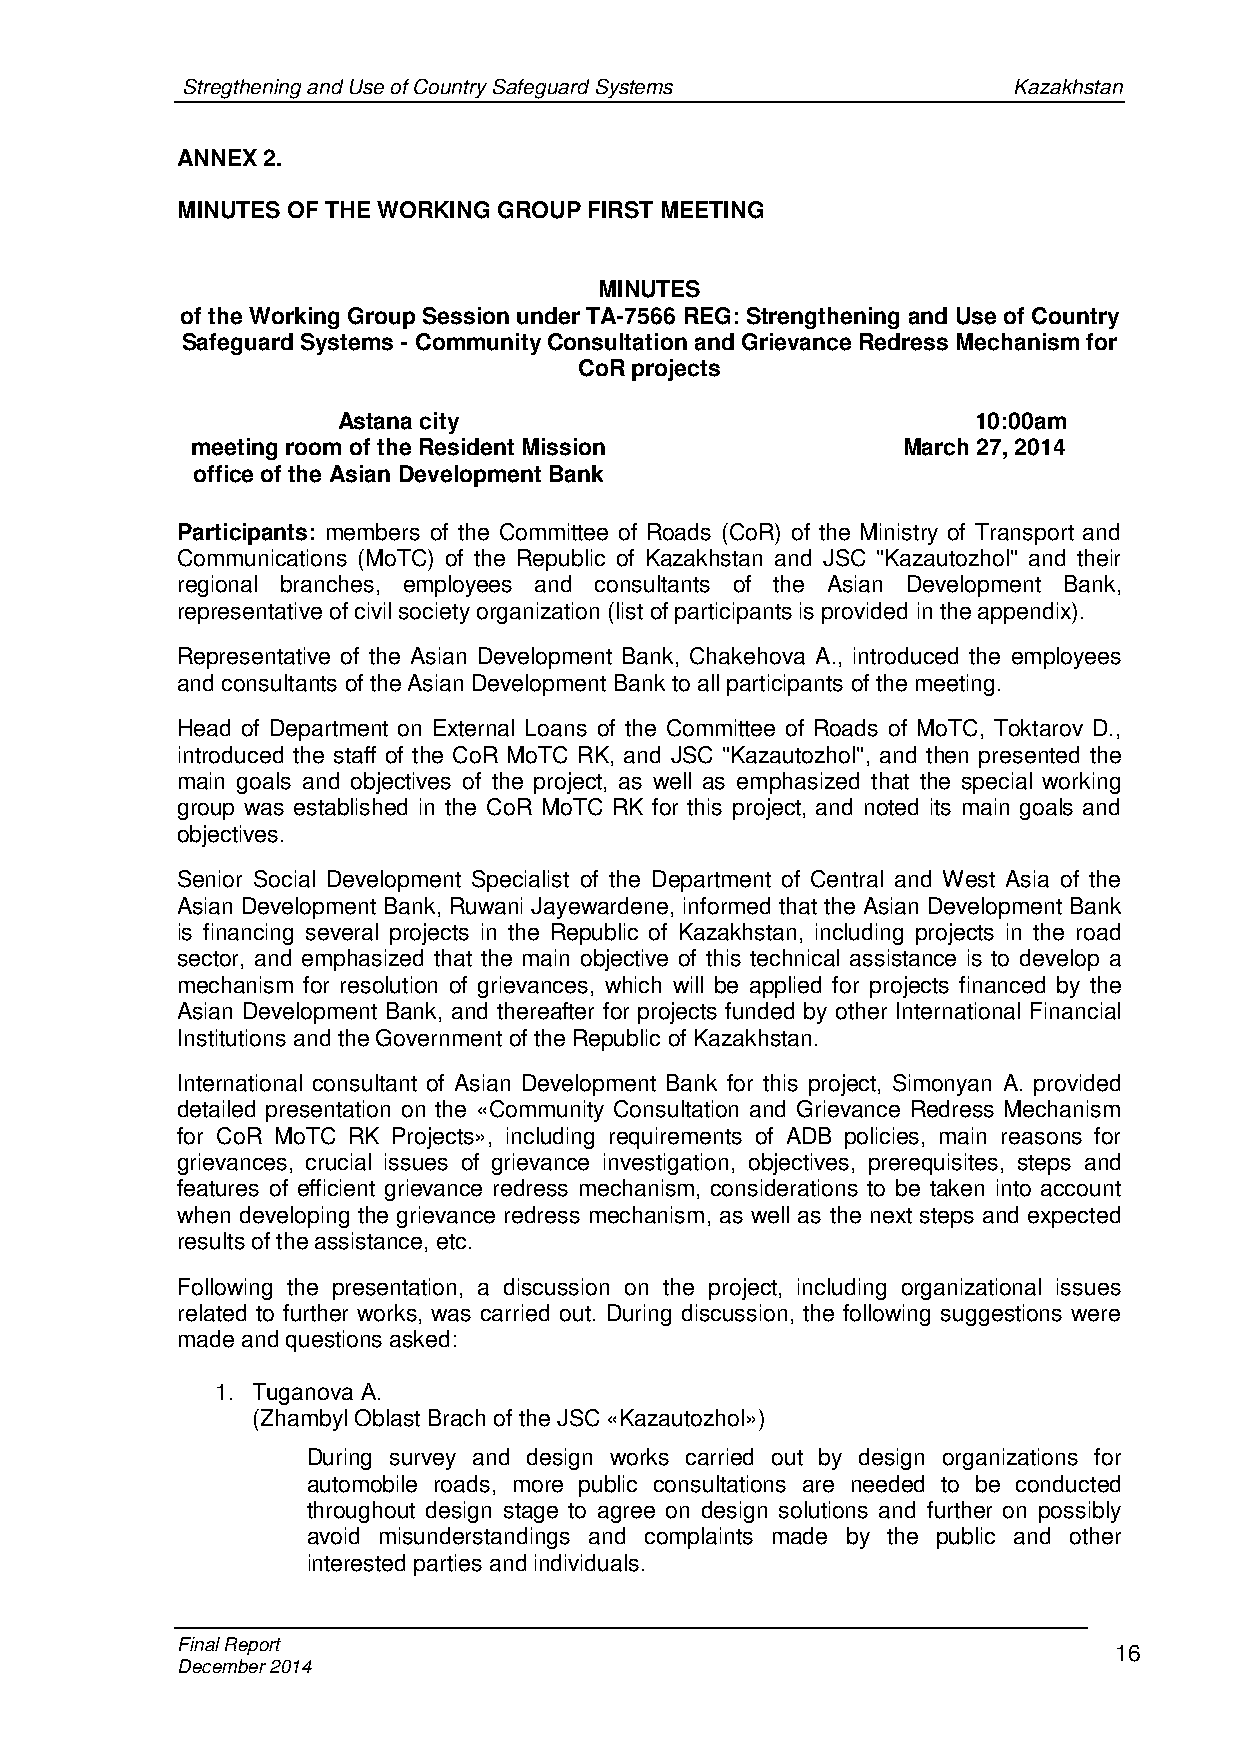
Stregthening and Use of Country Safeguard Systems      Kazakhstan
 ANNEX 2.
 MINUTES OF THE WORKING GROUP FIRST MEETING
 MINUTES
 of the Working Group Session under TA-7566 REG: Strengthening and Use of Country
 Safeguard Systems - Community Consultation and Grievance Redress Mechanism for
 CoR projects
 Astana city                                10:00am
 meeting room of the Resident Mission           March 27, 2014
 office of the Asian Development Bank
 Participants: members of the Committee of Roads (CoR) of the Ministry of Transport and
 Communications (MoTC) of the Republic of Kazakhstan and JSC "Kazautozhol" and their
 regional branches, employees and consultants of the Asian Development Bank,
 representative of civil society organization (list of participants is provided in the appendix).
 Representative of the Asian Development Bank, Chakehova A., introduced the employees
 and consultants of the Asian Development Bank to all participants of the meeting.
 Head of Department on External Loans of the Committee of Roads of MoTC, Toktarov D.,
 introduced the staff of the CoR MoTC RK, and JSC "Kazautozhol", and then presented the
 main goals and objectives of the project, as well as emphasized that the special working
 group was established in the CoR MoTC RK for this project, and noted its main goals and
 objectives.
 Senior Social Development Specialist of the Department of Central and West Asia of the
 Asian Development Bank, Ruwani Jayewardene, informed that the Asian Development Bank
 is financing several projects in the Republic of Kazakhstan, including projects in the road
 sector, and emphasized that the main objective of this technical assistance is to develop a
 mechanism for resolution of grievances, which will be applied for projects financed by the
 Asian Development Bank, and thereafter for projects funded by other International Financial
 Institutions and the Government of the Republic of Kazakhstan.
 International consultant of Asian Development Bank for this project, Simonyan A. provided
 detailed presentation on the «Community Consultation and Grievance Redress Mechanism
 for CoR MoTC RK Projects», including requirements of ADB policies, main reasons for
 grievances, crucial issues of grievance investigation, objectives, prerequisites, steps and
 features of efficient grievance redress mechanism, considerations to be taken into account
 when developing the grievance redress mechanism, as well as the next steps and expected
 results of the assistance, etc.
 Following the presentation, a discussion on the project, including organizational issues
 related to further works, was carried out. During discussion, the following suggestions were
 made and questions asked:
 1. Tuganova А.
 (Zhambyl Oblast Brach of the JSC «Kazautozhol»)
 During survey and design works carried out by design organizations for
 automobile roads, more public consultations are needed to be conducted
 throughout design stage to agree on design solutions and further on possibly
 avoid misunderstandings and complaints made by the public and other
 interested parties and individuals.
 Final Report                                                  16
 December 2014